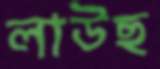
লাউছ